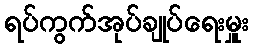
ရပ်ကွက်အုပ်ချုပ်ရေးမှူး